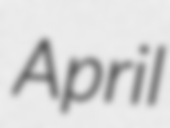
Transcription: April